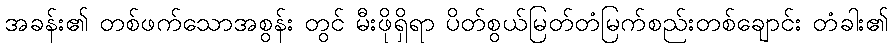
အခန်း၏ တစ်ဖက်သောအစွန်း တွင် မီးဖိုရှိရာ ပိတ်စွယ်မြတ်တံမြက်စည်းတစ်ချောင်း တံခါး၏